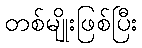
တစ်မျိုးဖြစ်ပြီး